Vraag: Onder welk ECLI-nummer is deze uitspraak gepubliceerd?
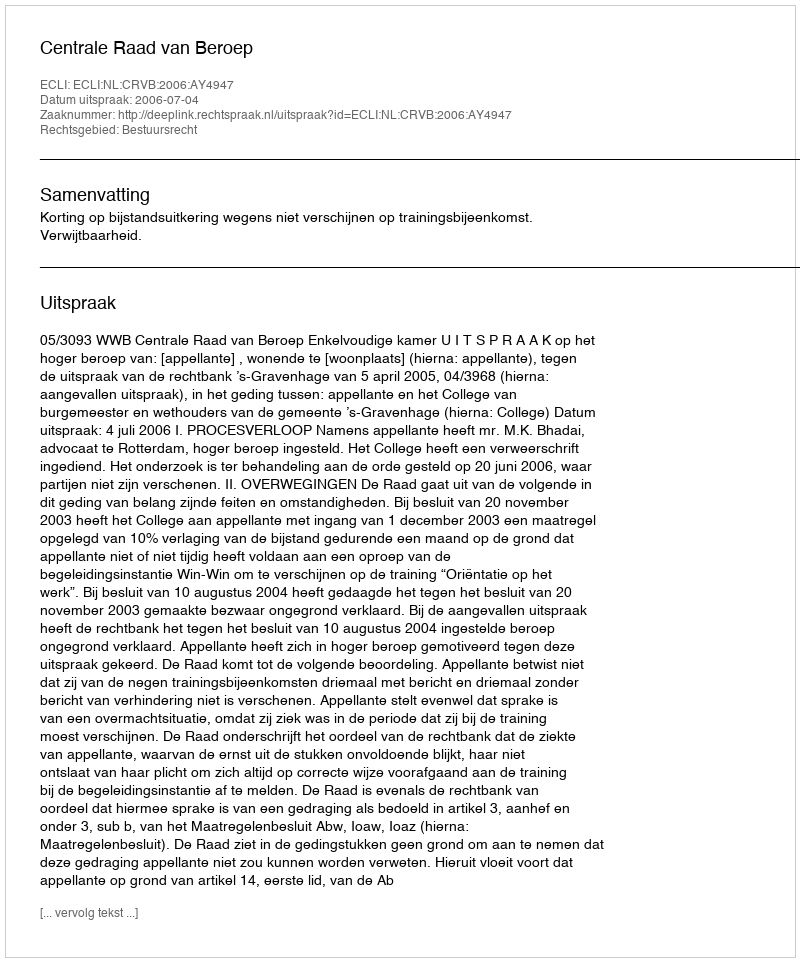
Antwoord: ECLI:NL:CRVB:2006:AY4947